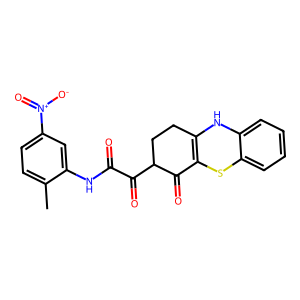
SMILES: Cc1ccc([N+](=O)[O-])cc1NC(=O)C(=O)C1CCC2=C(Sc3ccccc3N2)C1=O
Inhibits HIV replication: No